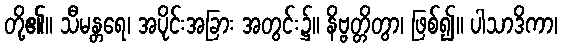
တို့၏။ သီမန္တရေ၊ အပိုင်းအခြား အတွင်း၌။ နိဗ္ဗတ္တိတွာ၊ ဖြစ်၍။ ပါသာဒိကာ၊